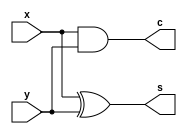
// Half Adder
module hadd1(s, c, x, y);

output s, c;
input x, y;

// RTL M
assign s=x^y;
assign c=x&y;

endmodule


module hadd2(s, c, x, y);

output s, c;
input x, y;

reg s, c;

// Behavioral M
always @(x, y)
begin
s=x^y;
end

always @(x, y)
begin
if(x==0||y==0) c=0;
else           c=1;
end

always @(x, y)
begin
if(x!=y) s=1;
else     s=0;
end

endmodule